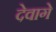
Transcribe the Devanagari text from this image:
देवागे